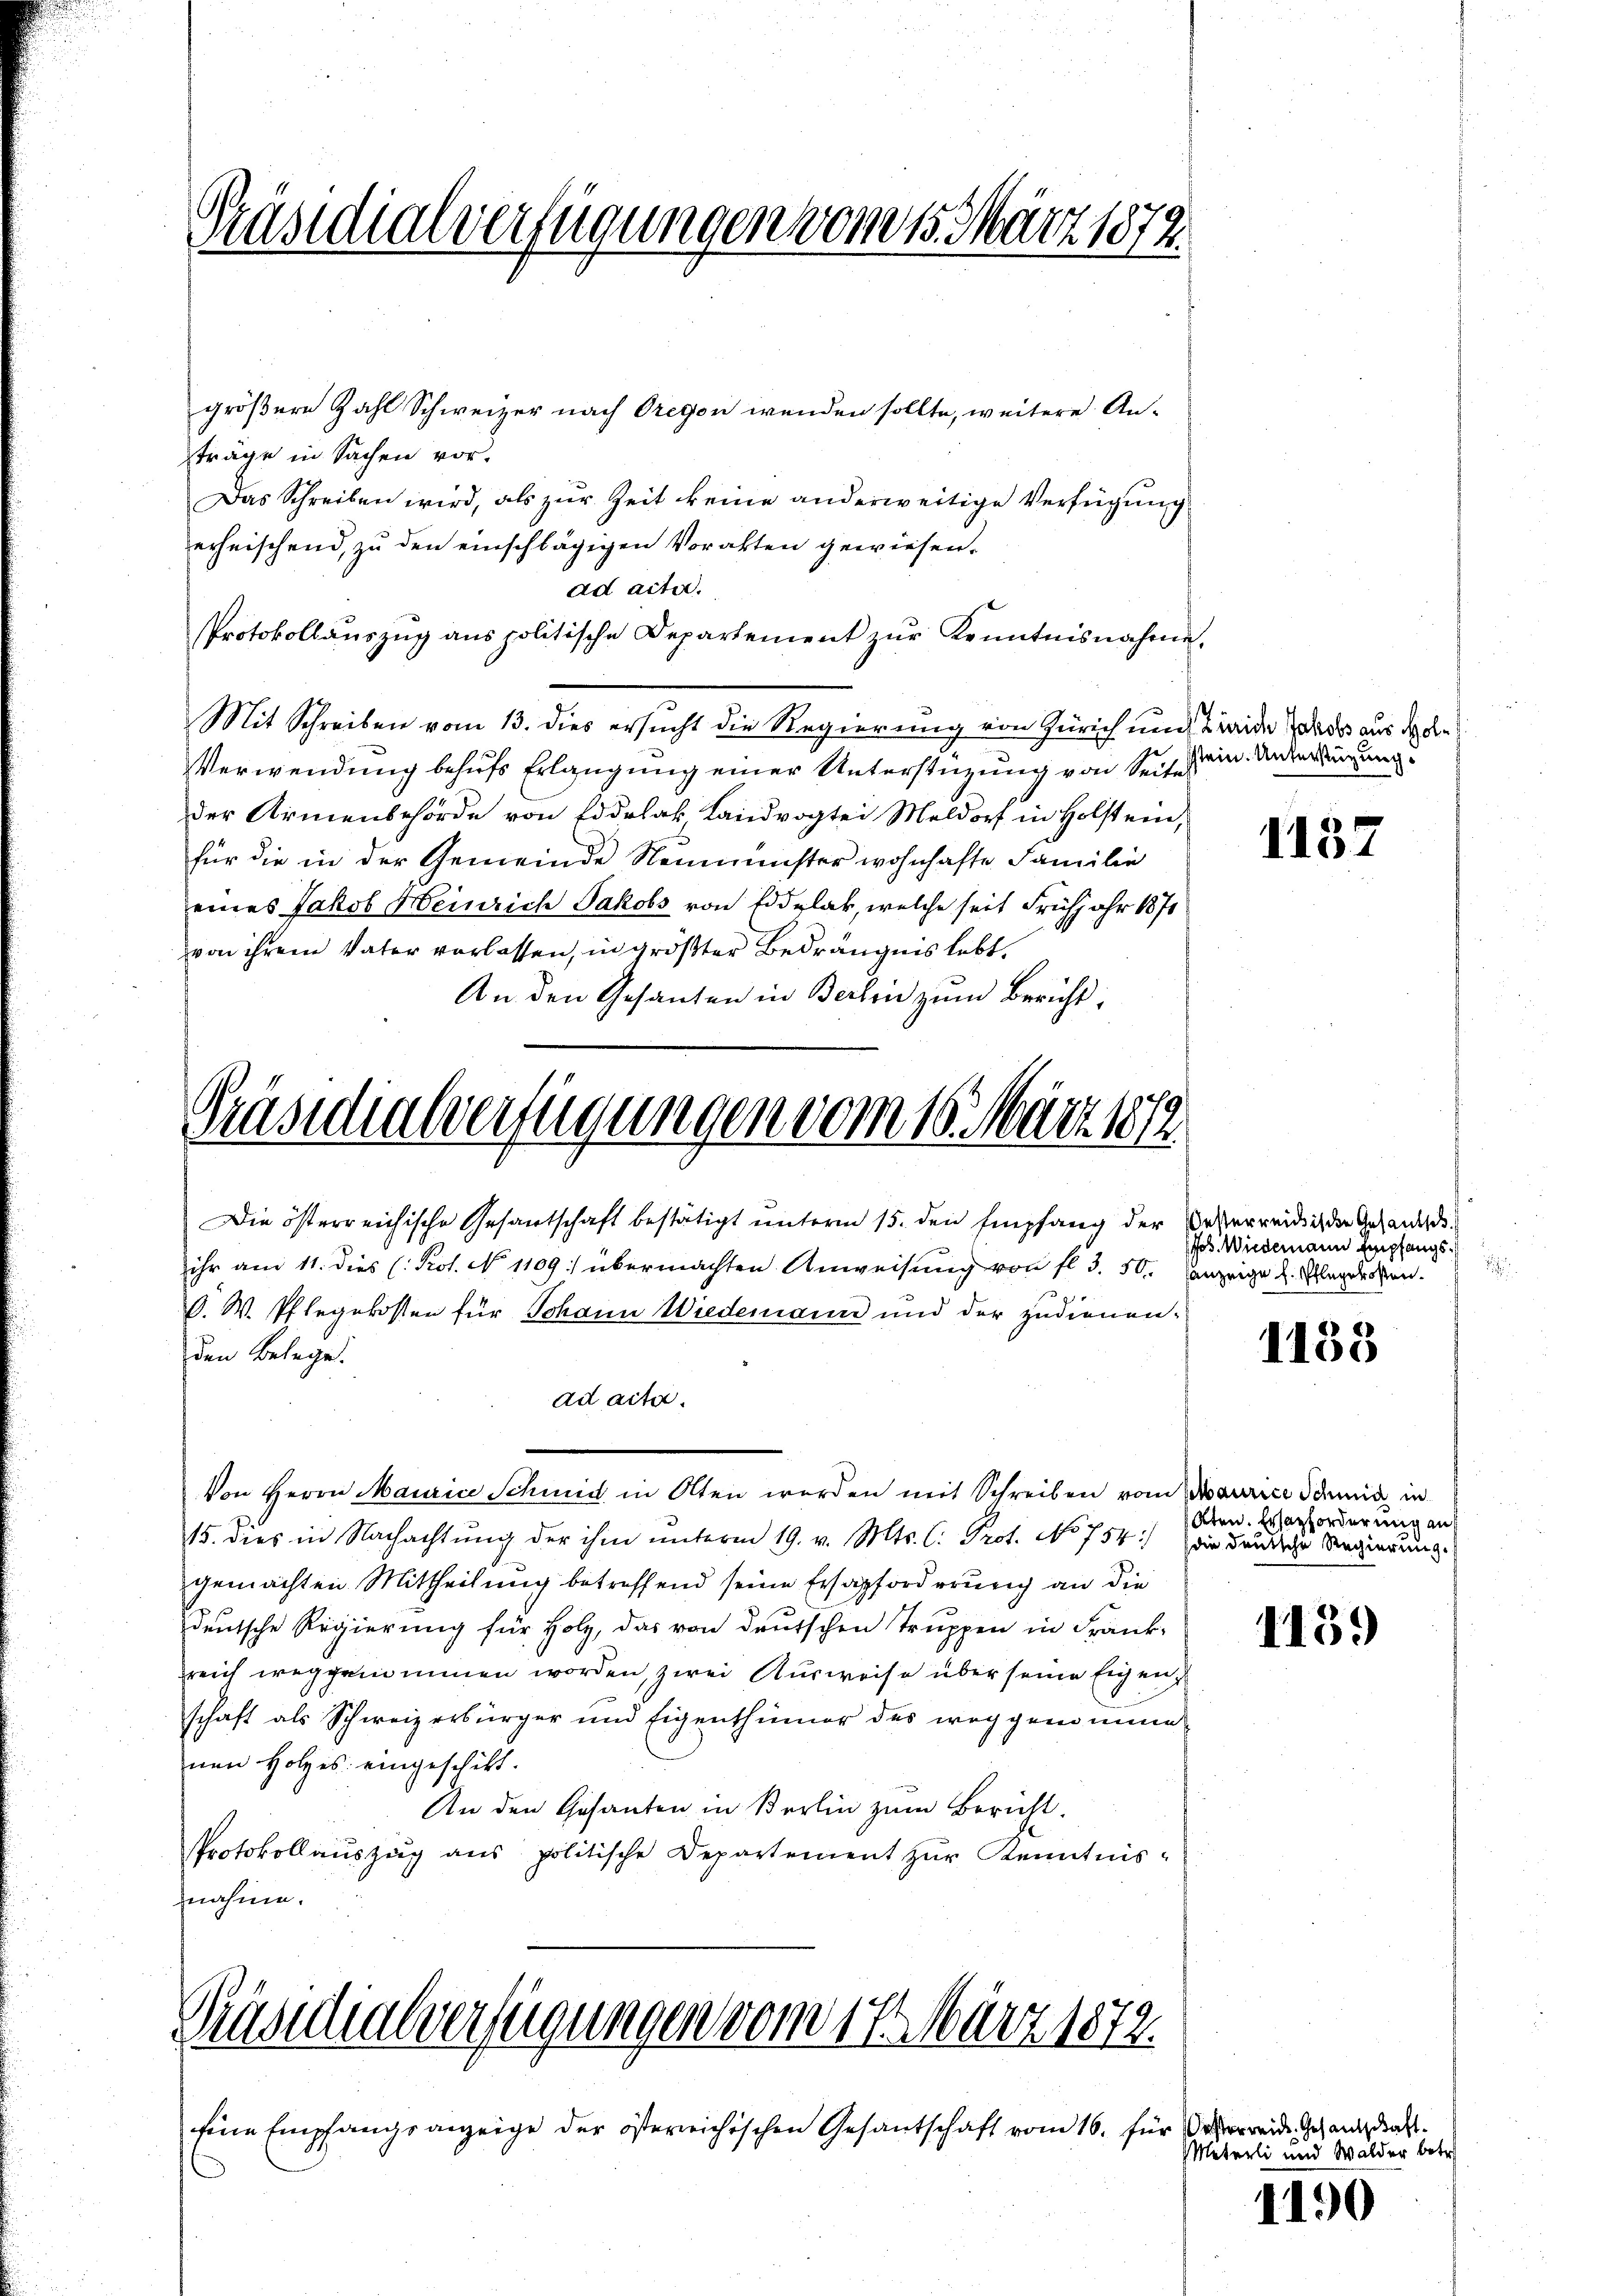
Präsidialverfügungen vom 15. März 1872

größere Zahl Schweizer nach Oregen wenden sollte, weitere An-
träge in Sachen vor.
Das Schreiben wird, als zur Zeit keine anderweitige Verfügung
erheischend, zu den einschlägigen Vorakten gewiesen.
ad acte.
Protokollaŭszŭg ans politische Departement zŭr Kenntnisnahme.
Mit Schreiben vom 13. dies ersucht die Regierung von Zürich und Beide dass aus de die
Verwendung behufs Erlangung einer Unterstüzung von Seiter
der Armenbehörde von Eddelak, Landvogtei Meldorf in Holstein,
für die in der Gemeinde Neumünster wohnhafte Familie
eines Jakob Heinrich Jakobs von Eidglak, welche seit Frühjahr 1871
von ihrem Vater vorlassen, in größter Bedrängnis lebt.
An den Gesanten in Berlin zum Bericht,

Präsidialverfügungen vom 16. März 1879
Die österreichische Gesantschaft bestätigt unterm 15. den Empfang der

O. W. Pflegekosten für Johann Wiedemann und der zudienen.

ihr am 11. dies (Kot. No 1109: übermachten Anweisung von fl. 3. 50.
den Belege.
ad acta.
Von Herrn Maurice Schmid in Olten werden mit Schreiben vom Maurice dannis in
115. dies in Nachachtung der ihm unterm 19. v. Mts. C. Prot. No 754. die deutliche Regierung
gemachten Mittheilung betreffend seine Ersapforderung an die
deutsche Regierung für Holz, das von deutschen Truppen in Frank-
reich weggenommen worden, zwei Ausweise über seine Eigen
schaft als Schweizerbürger und Eigenthümer des weggenomme
nen Holzes eingeschikt.
An den Gesanten in Berlin zum Bericht.
Protokollauszug aus politische Departement zŭr Kenntnis-
nahme.

Präsidialverfügungen vom 17. März 1872.

sene Empfangsanzeige der österreichischen Gesantschaft vom 16. für Verweide Gesandrat

stein. Unterstüzung.

1132

ßesterreichische Gesandsch
fos. Wiedermann Empfangsanzeige H. Pflegetoßen.

1183

Aten. Ersatzforderung auf

1139

e

Meterli und Walder betr

1190